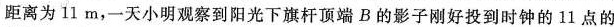
距离为11m，一天小明观察到阳光下旗杆顶端B的影子刚好投到时钟的11点的